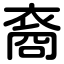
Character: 裔